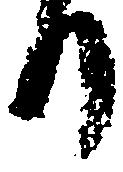
り